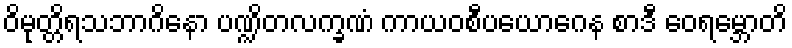
ဝိမုတ္တိရသဘာဂိနော ပဏ္ဍိတလက္ခဏံ ကာယဝစီပယောဂေန စာဒီ ဝေရမ္ဘောတိ